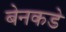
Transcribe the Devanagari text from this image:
बेनकडे